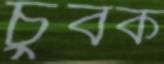
চুবক